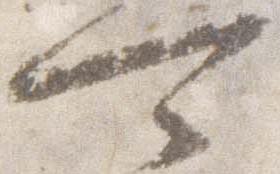
可